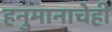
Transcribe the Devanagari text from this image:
हनुमानाचेही